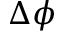
\Delta \phi